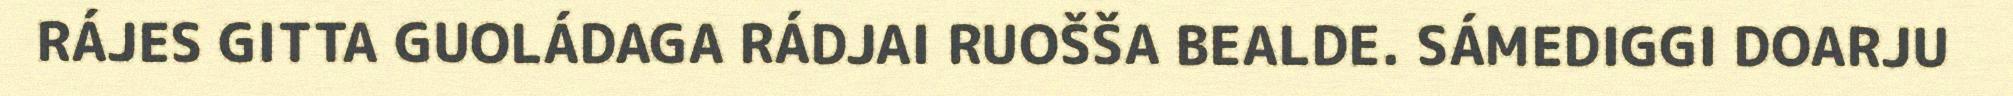
RÁJES GITTA GUOLÁDAGA RÁDJAI RUOŠŠA BEALDE. SÁMEDIGGI DOARJU